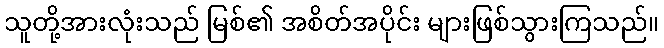
သူတို့အားလုံးသည် မြစ်၏ အစိတ်အပိုင်း များဖြစ်သွားကြသည်။